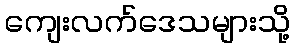
ကျေးလက်ဒေသများသို့